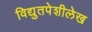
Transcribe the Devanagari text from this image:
विद्युतपेशीलेख